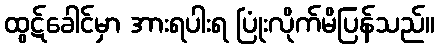
ထွဋ်ခေါင်မှာ အားရပါးရ ပြုံးလိုက်မိပြန်သည်။